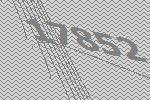
17852